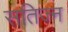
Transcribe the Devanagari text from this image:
सतिज्न